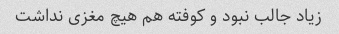
زیاد جالب نبود و کوفته هم هیچ مغزی نداشت